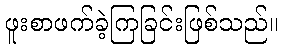
ဖူးစာဖက်ခဲ့ကြခြင်းဖြစ်သည်။